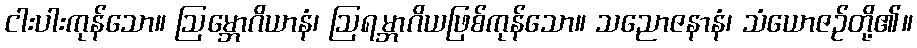
ငါးပါးကုန်သော။ ဩမ္ဘောဂိယာနံ၊ ဩရမ္ဘာဂိယဖြစ်ကုန်သော။ သညောဇနာနံ၊ သံယောဇဉ်တို့၏။